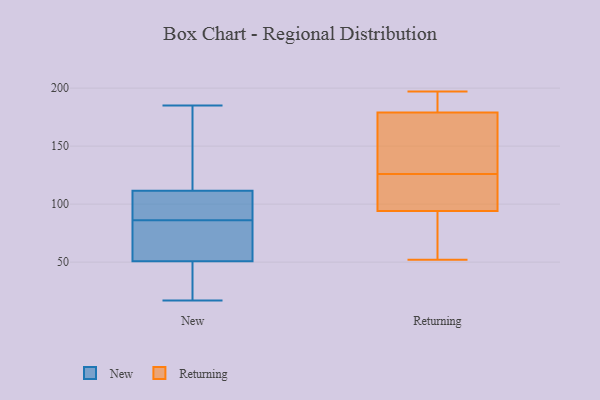
{"axis": {"x": "Bounce Rate (%)", "y": "Value"}, "legend": ["New", "Returning"], "data": [{"x": "", "y": 116, "type": "New"}, {"x": "", "y": 98, "type": "New"}, {"x": "", "y": 86, "type": "New"}, {"x": "", "y": 174, "type": "New"}, {"x": "", "y": 92, "type": "New"}, {"x": "", "y": 45, "type": "New"}, {"x": "", "y": 68, "type": "New"}, {"x": "", "y": 185, "type": "New"}, {"x": "", "y": 17, "type": "New"}, {"x": "", "y": 32, "type": "New"}, {"x": "", "y": 68, "type": "New"}, {"x": "", "y": 112, "type": "Returning"}, {"x": "", "y": 197, "type": "Returning"}, {"x": "", "y": 89, "type": "Returning"}, {"x": "", "y": 140, "type": "Returning"}, {"x": "", "y": 176, "type": "Returning"}, {"x": "", "y": 61, "type": "Returning"}, {"x": "", "y": 99, "type": "Returning"}, {"x": "", "y": 197, "type": "Returning"}, {"x": "", "y": 182, "type": "Returning"}, {"x": "", "y": 168, "type": "Returning"}, {"x": "", "y": 52, "type": "Returning"}, {"x": "", "y": 101, "type": "Returning"}]}